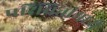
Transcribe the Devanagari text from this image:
परिचितांमध्ये